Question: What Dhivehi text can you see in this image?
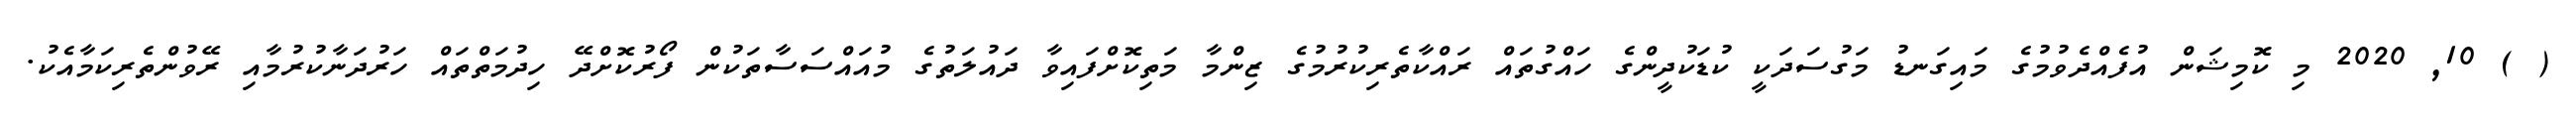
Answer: ( ) 10, 2020 މި ކޮމިޝަން އުފެއްދެވުމުގެ މައިގަނޑު މަގުސަދަކީ ކުޑަކުދީންގެ ހައްގުތައް ރައްކާތެރިކުރުމުގެ ޒިންމާ މަތިކޮށްފައިވާ ދައުލަތުގެ މުއައްސަސާތަކުން ފޯރުކޮށްދޭ ހިދުމަތްތައް ހަރުދަނާކުރުމާއި ރޭވުންތެރިކަމާއެކު.